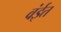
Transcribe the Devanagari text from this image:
वंईत